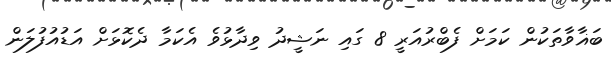
ބަޣާވާތަކުން ކަމަށް ފެބްރުއަރީ 8 ގައި ނަޝީދު ވިދާޅުވެ އެކަމާ ދެކޮޅަށް އަޑުއުފުލަން